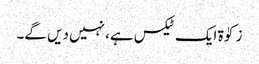
زکوٰۃ ایک ٹیکس ہے، نہیں دیں گے۔